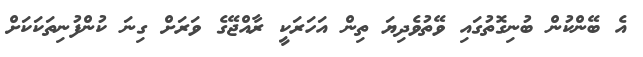
އެ ބޭންކުން ބުނިގޮތުގައި ވޭތުވެދިޔަ ތިން އަހަރަކީ ރާއްޖޭގެ ވަރަށް ގިނަ ކުންފުނިތަކަކަށް